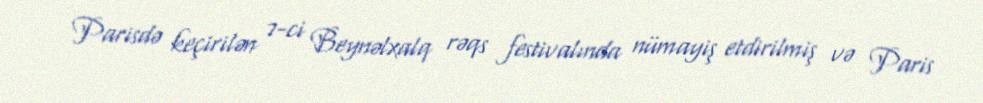
Parisdə keçirilən 7-ci Beynəlxalq rəqs festivalında nümayiş etdirilmiş və Paris